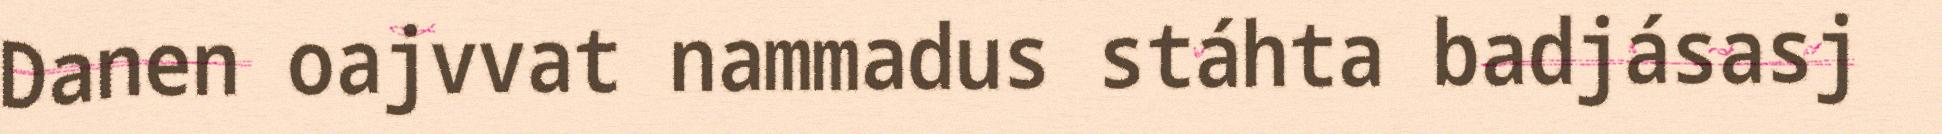
Danen oajvvat nammadus stáhta badjásasj